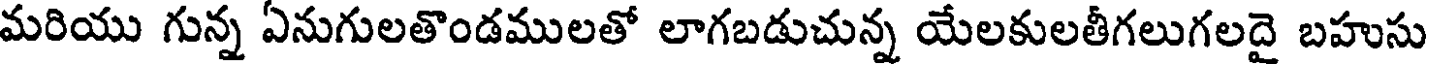
మరియు గున్న ఏనుగులతొండములతో లాగబడుచున్న యేలకులతీగలుగలదై బహుసు